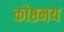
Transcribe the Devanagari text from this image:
कोष्ठमय